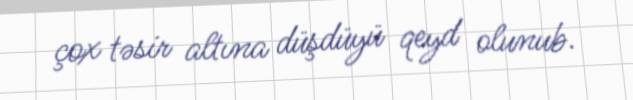
çox təsir altına düşdüyü qeyd olunub.